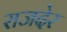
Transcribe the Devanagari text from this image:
राजदेर